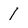
Character: 1